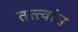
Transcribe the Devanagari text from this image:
तत्त्वांस